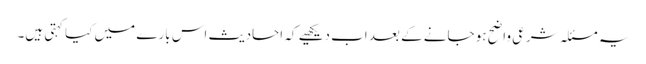
یہ مسئلہ شرعی واضح ہو جانے کے بعد اب دیکھیے کہ احادیث اس بارے میں کیا کہتی ہیں۔